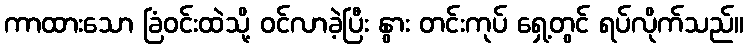
ကာထားသော ခြံဝင်းထဲသို့ ဝင်လာခဲ့ပြီး နွား တင်းကုပ် ရှေ့တွင် ရပ်လိုက်သည်။